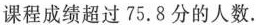
课程成绩超过75.8分的人数.